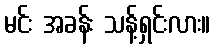
မင်း အခန်း သန့်ရှင်းလား။